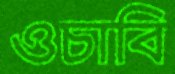
ওচাবি